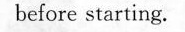
before starting.